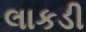
લાકડી